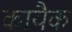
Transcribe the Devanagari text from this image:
कायैक